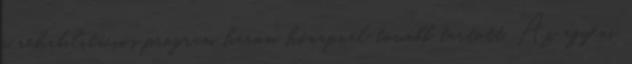
a rehabilitációs program három hónapnál tovább tartott. Az egyéni